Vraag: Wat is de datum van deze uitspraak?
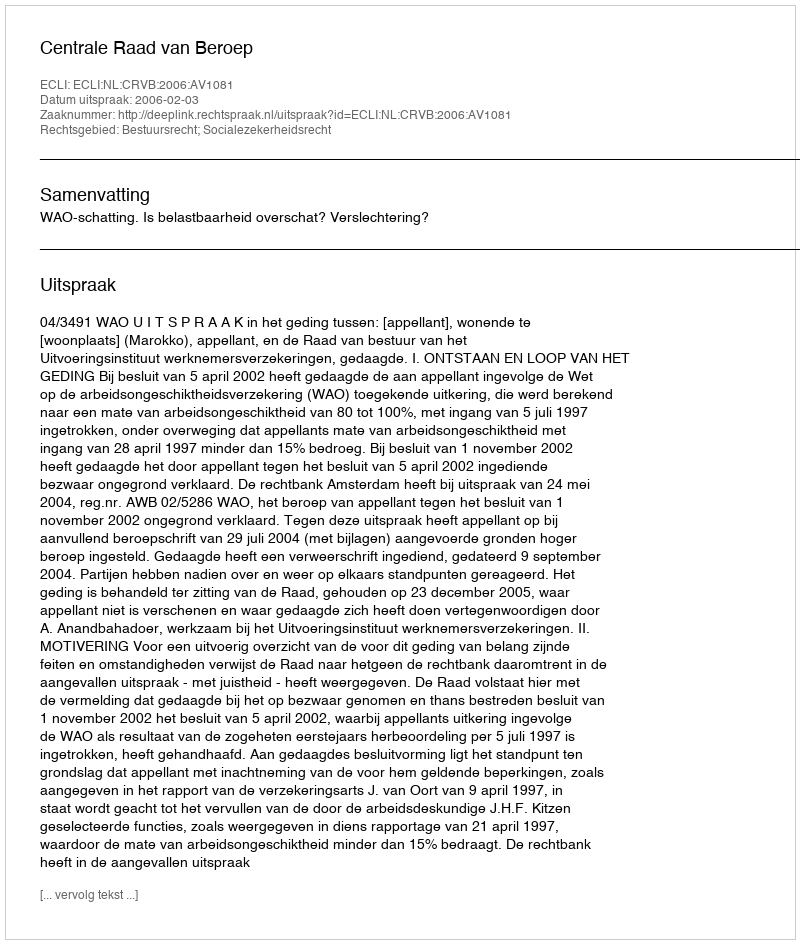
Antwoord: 2006-02-03